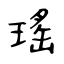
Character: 瑤